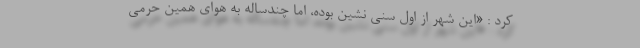
کرد : «این شهر از اول سُنی نشین بوده، اما چندساله به هوای همین حرمی